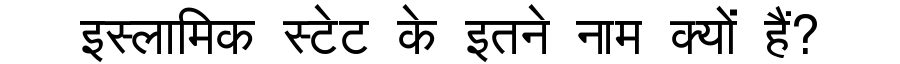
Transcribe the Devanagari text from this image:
इस्लामिक स्टेट के इतने नाम क्यों हैं?